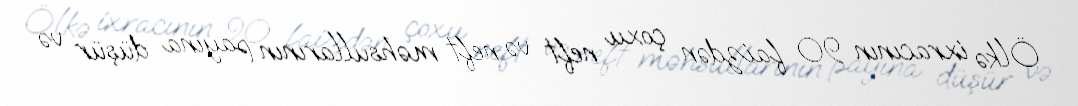
Ölkə ixracının 90 faizdən çoxu neft və neft məhsullarının payına düşür və